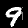
Label: 9